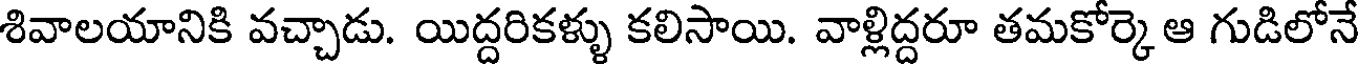
శివాలయానికి వచ్చాడు. యిద్దరికళ్ళు కలిసాయి. వాళ్లిద్దరూ తమకోర్కె ఆ గుడిలోనే